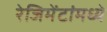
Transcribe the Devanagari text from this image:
रेजिमेंटांमध्ये